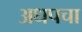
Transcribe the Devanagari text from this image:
अधपचा